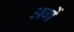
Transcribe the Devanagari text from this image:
अगें